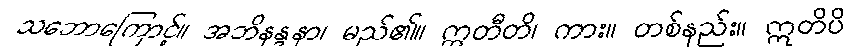
သဘောကြောင့်။ အဘိနန္ဒနာ၊ မည်၏။ ဣတီတိ၊ ကား။ တစ်နည်း။ ဣတိပိ